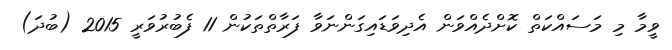
ވީމާ މި މަސައްކަތް ކޮށްދެއްވަން އެދިވަޑައިގަންނަވާ ފަރާތްތަކުން 11 ފެބުރުވަރީ 2015 (ބުދަ)